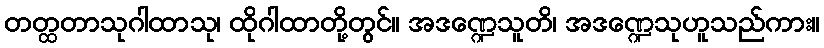
တတ္ထတာသုဂါထာသု၊ ထိုဂါထာတို့တွင်။ အဒဏ္ဍေသူတိ၊ အဒဏ္ဍေသုဟူသည်ကား။